65_HS1-834228961_62-HQ-83894_Section_6
Agency: FBI
Page 99
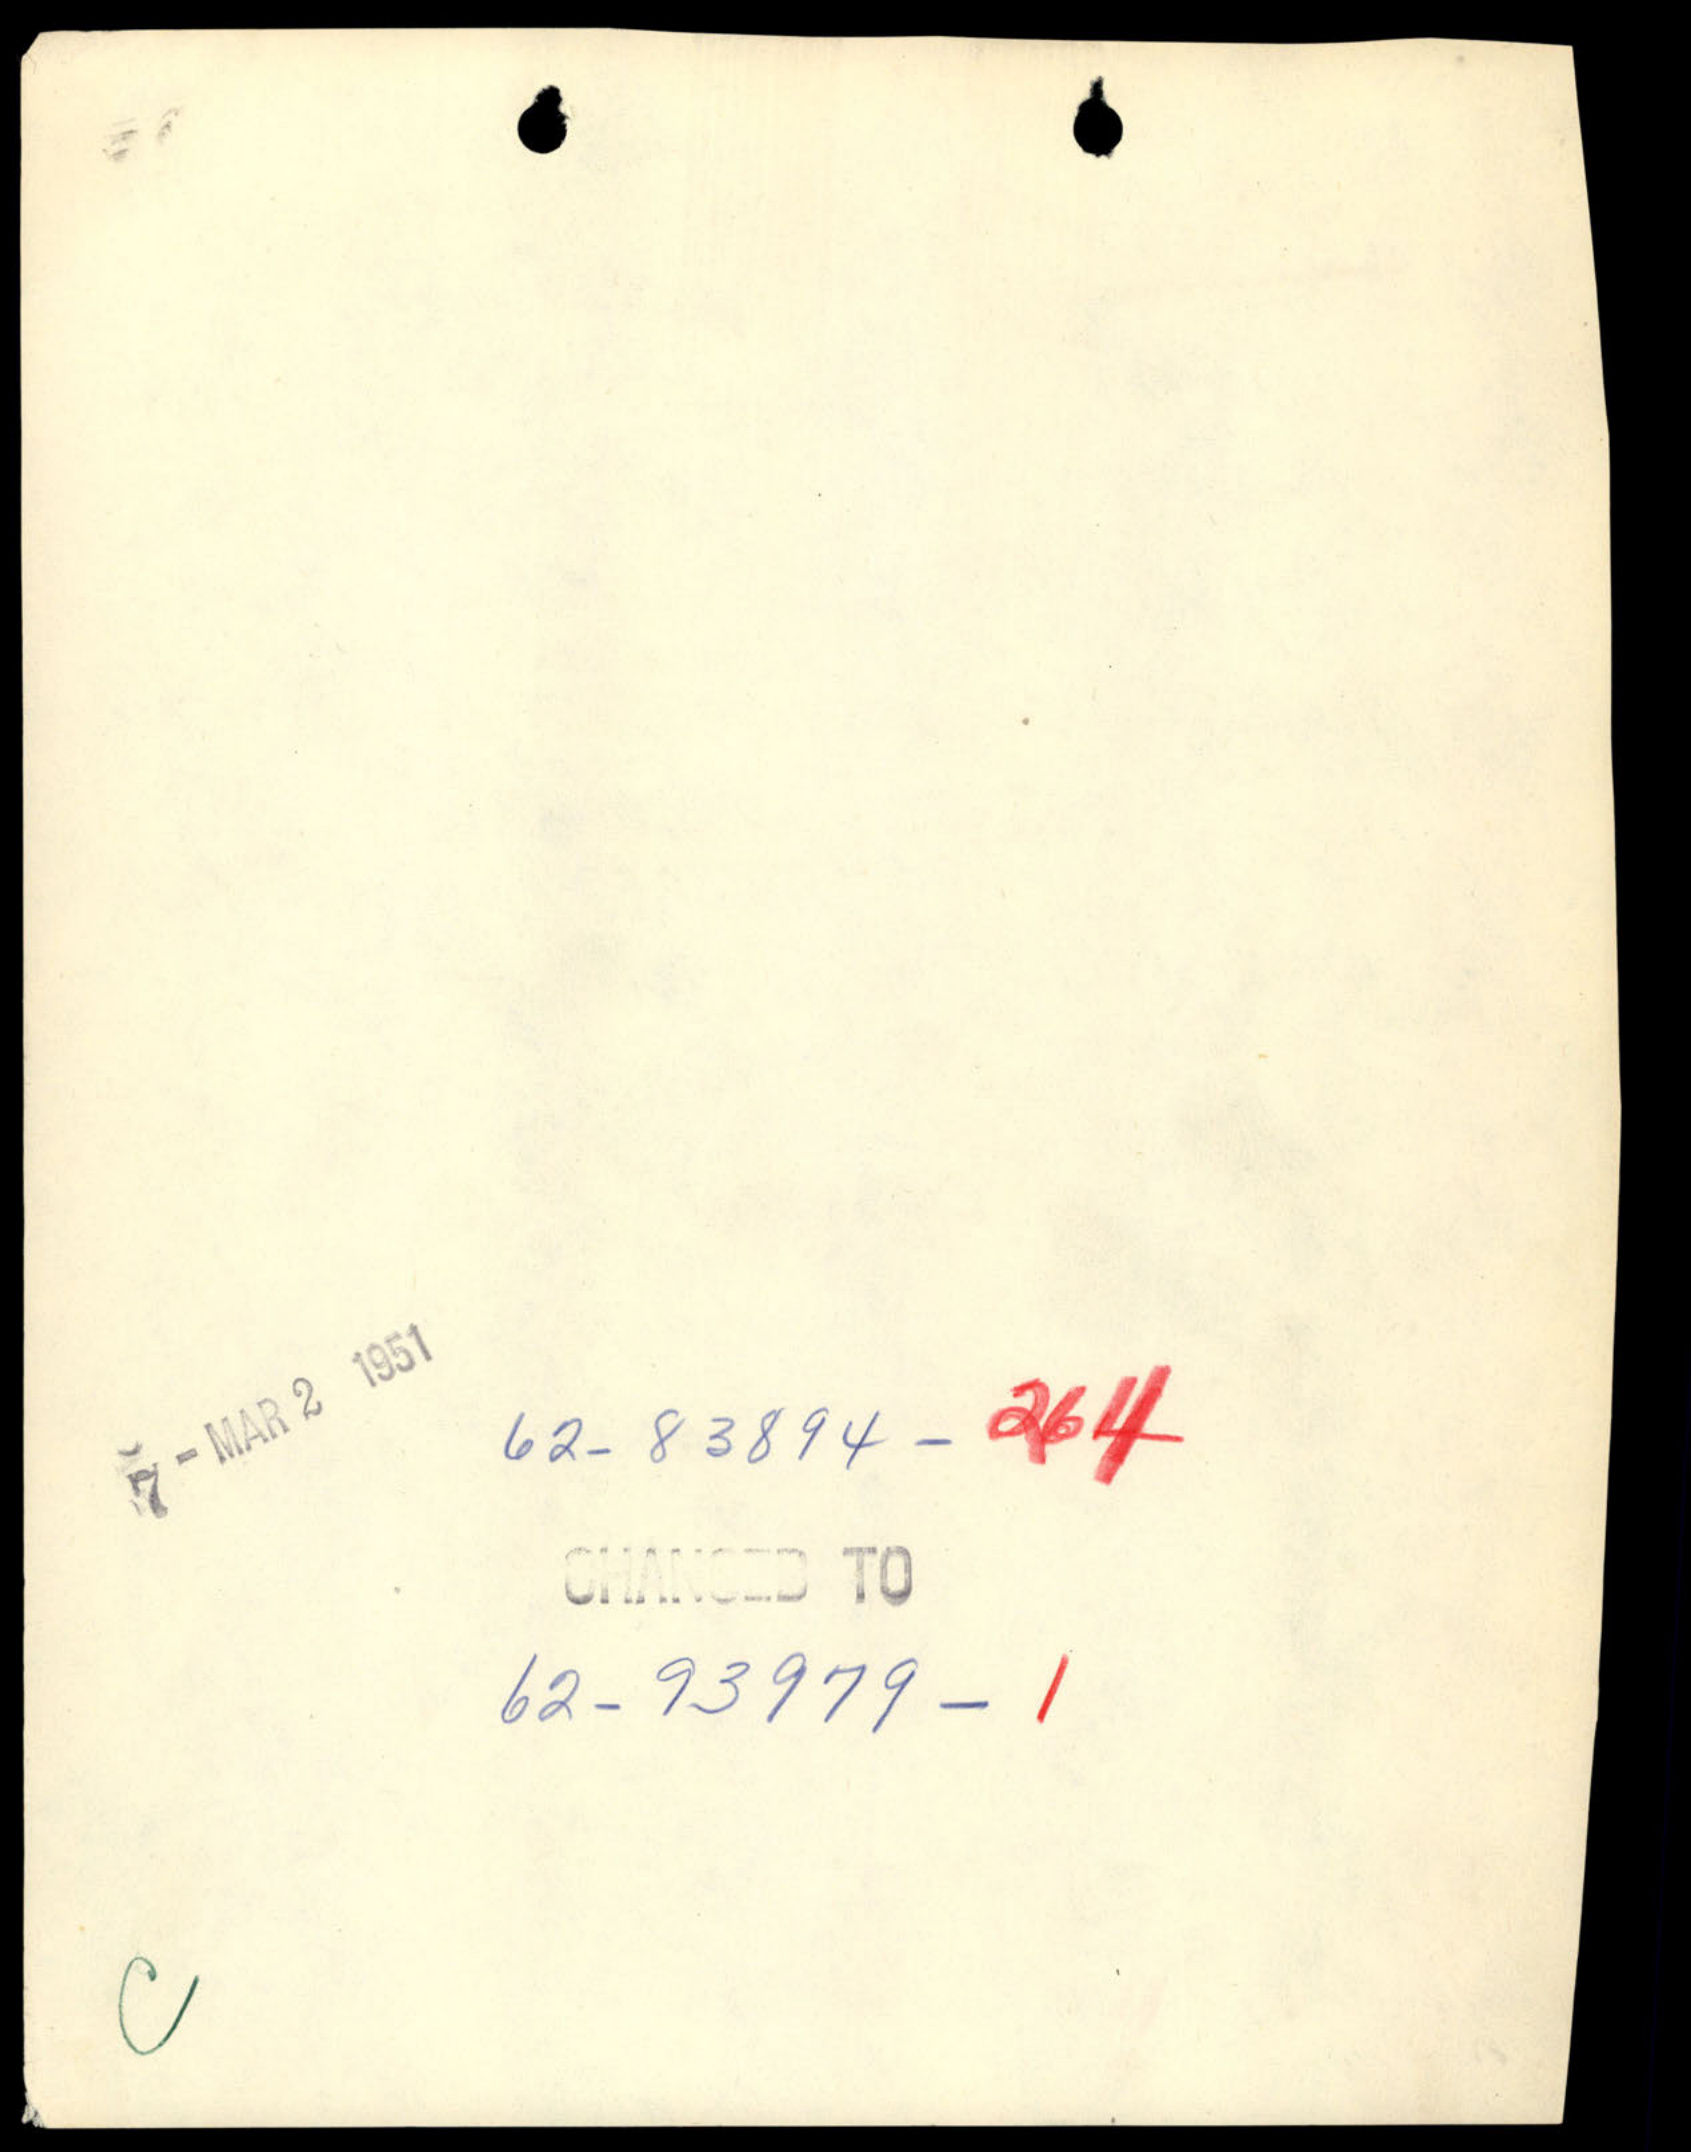